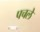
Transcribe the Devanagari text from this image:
पचले